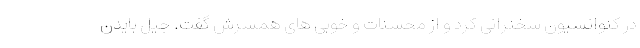
در کنوانسیون سخنرانی کرد و از محسنات و خوبی های همسرش گفت. جیل بایدن